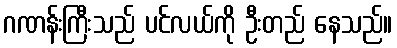
ဂဏန်းကြီးသည် ပင်လယ်ကို ဦးတည် နေသည်။